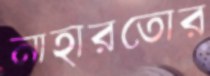
নাহারতোর